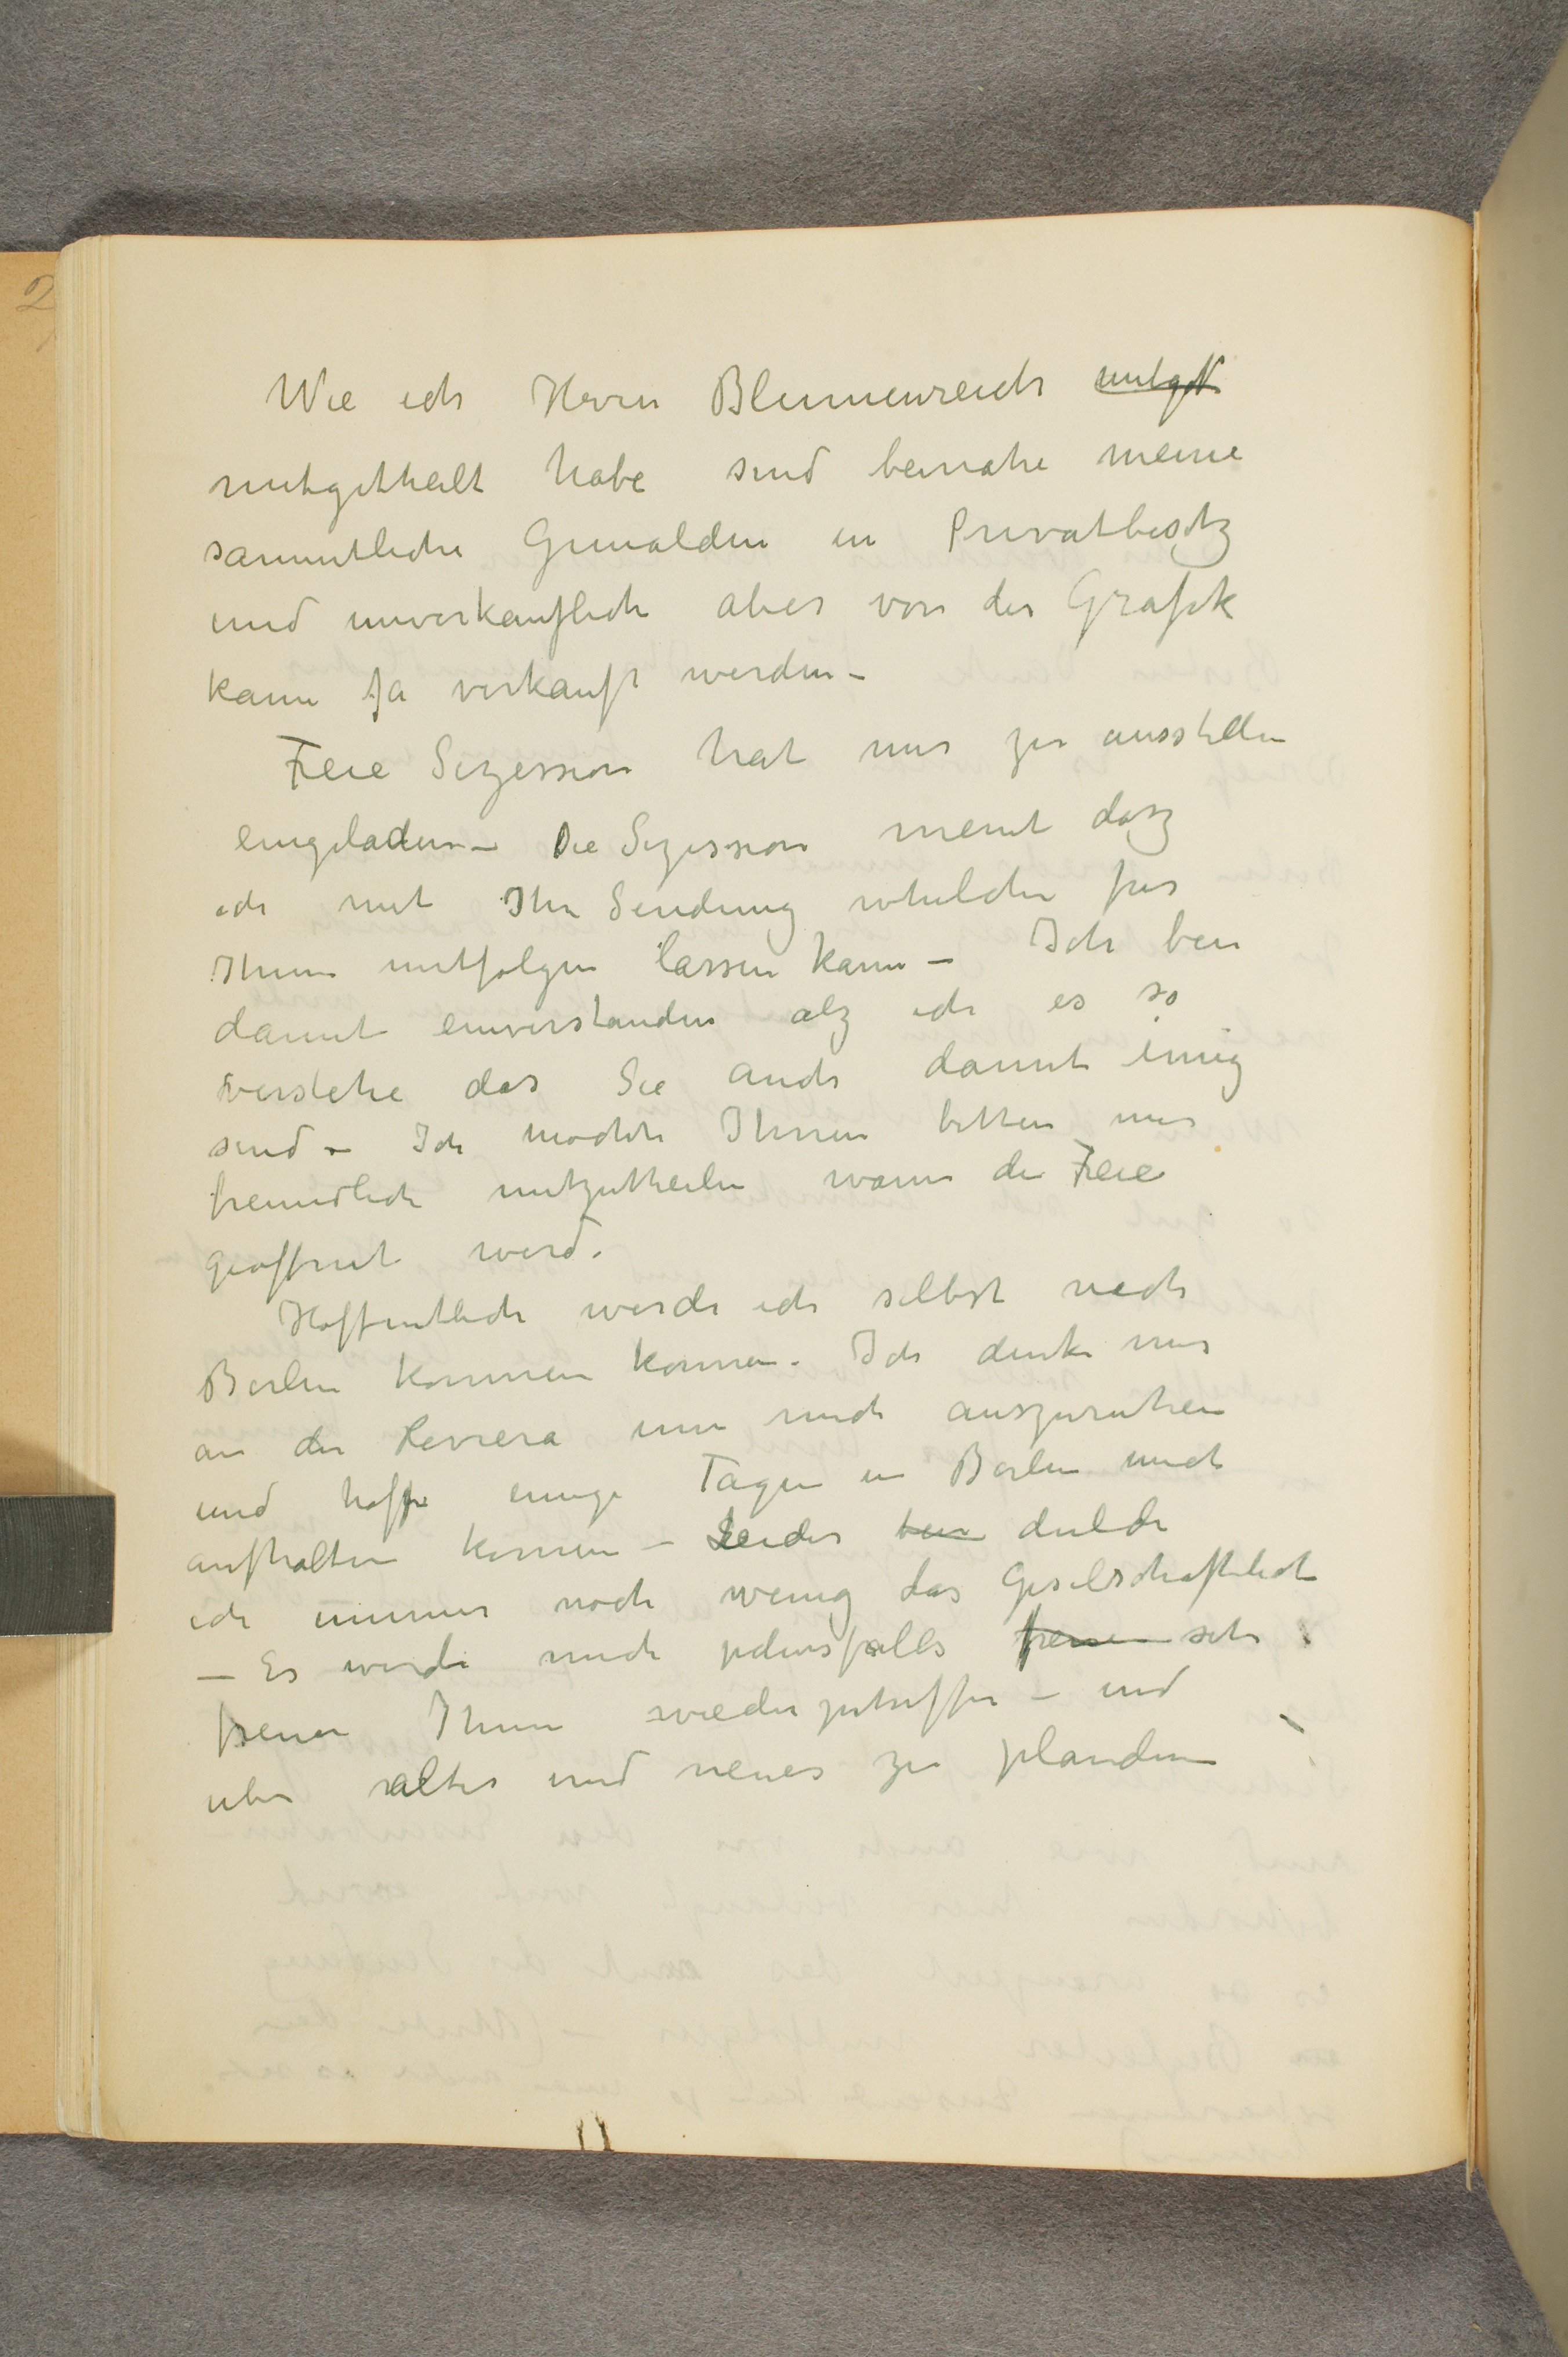
Wie ich Hrrn Blumenreich mitget
mitgeteilt habe sind beinahe meine
sammtliche Gemalden in Privatbesitz
und unverkauflich aber von der Grafik
kann ja verkauft werden -
Freie Sezession hat mir zu ausstellen
eingeladen - Die Sezessione meint dasz
ich mit Ihn Sendung whelche fur
Ihnen mitfolgen lassen kann - Ich bin
damit einverstanden alz ich es so
verstehe das Sie auch damit einig
sind - Ich mochte Ihnen bitten mir
freundlich mitzutheilen wann die Freie
geoffnet wird.
Hoffentlich werde ich selbst nach
Berlin kommen konnen. Ich denke mir
an der Reviera nur mich auszuruhen
und hoffe einige Tagen in Berlin mich
aufhalten konnen - Leider bin dulde
ich immer noch wenig das Geselschaftliche
- Es werde mich jedenfalls freuen sehr
freuen Ihnen wiederzutreffen - und
uber altes und neues zu plaudern